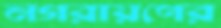
নগরায়ণের